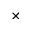
\times